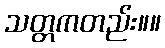
သတ္တကတည်း။။